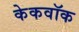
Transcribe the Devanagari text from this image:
केकवॉक